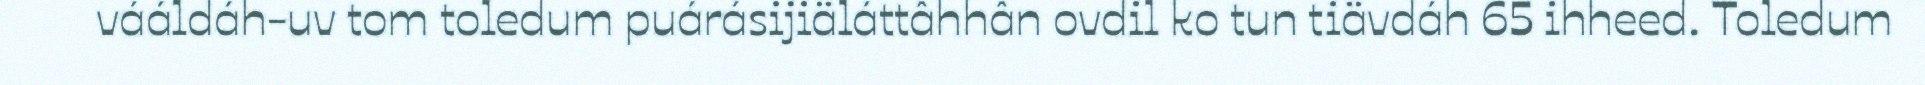
vááldáh-uv tom toledum puárásijiäláttâhhân ovdil ko tun tiävdáh 65 ihheed. Toledum